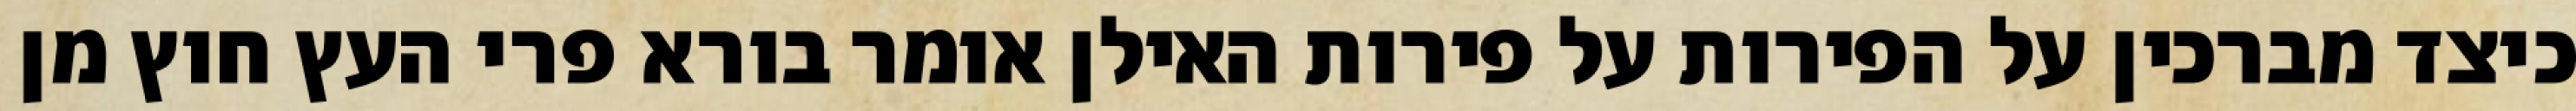
כיצד מברכין על הפירות על פירות האילן אומר בורא פרי העץ חוץ מן